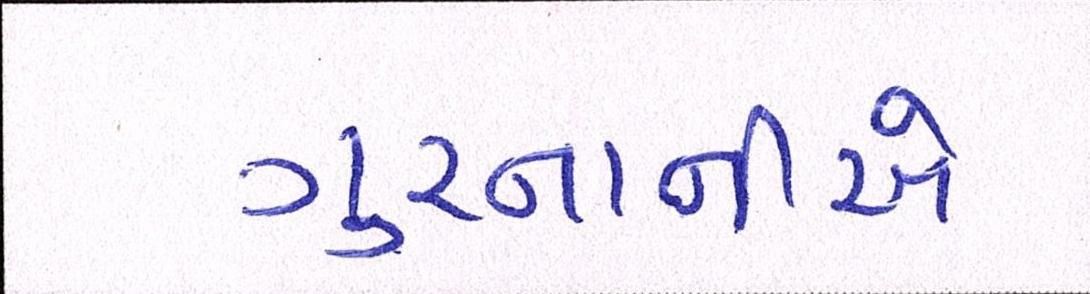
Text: ગુરનાનીએ